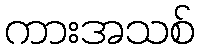
ကားအသစ်